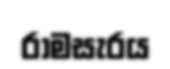
රාමසැරය